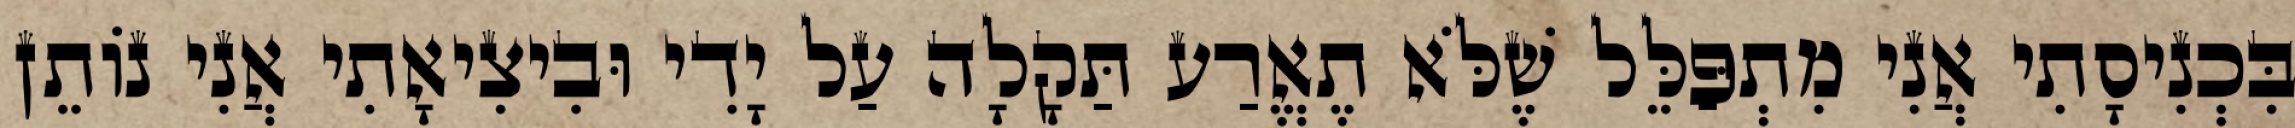
בִּכְנִיסָתִי אֲנִי מִתְפַּלֵּל שֶׁלֹּא תֶאֱרַע תַּקָלָה עַל יָדִי וּבִיצִיאָתִי אֲנִי נוֹתֵן